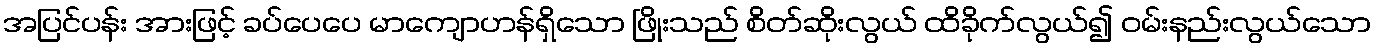
အပြင်ပန်း အားဖြင့် ခပ်ပေပေ မာကျောဟန်ရှိသော ဖြိုးသည် စိတ်ဆိုးလွယ် ထိခိုက်လွယ်၍ ဝမ်းနည်းလွယ်သော